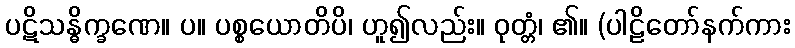
ပဋိသန္ဓိက္ခဏေ။ ပ။ ပစ္စယောတိပိ၊ ဟူ၍လည်း။ ဝုတ္တံ၊ ၏။ (ပါဠိတော်နက်ကား